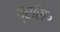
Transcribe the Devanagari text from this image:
ब्रॉस॰